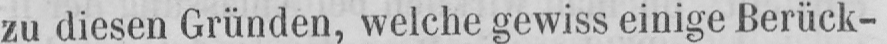
zu diesen Gründen, welche gewiss einige Berück-